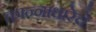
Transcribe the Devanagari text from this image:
कान्नाधारेचे